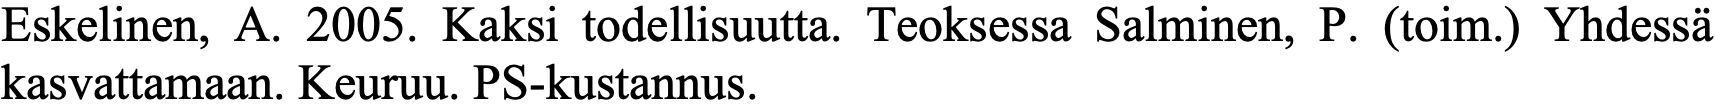
Eskelinen, A. 2005. Kaksi todellisuutta. Teoksessa Salminen, P. (toim.) Yhdessä kasvattamaan. Keuruu. PS-kustannus.